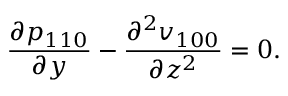
\frac { \partial p _ { 1 1 0 } } { \partial y } - \frac { \partial ^ { 2 } v _ { 1 0 0 } } { \partial z ^ { 2 } } = 0 .